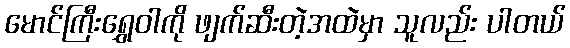
မောင်ကြီးရွှေဝါကို ဖျက်ဆီးတဲ့အထဲမှာ သူလည်း ပါတယ်